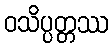
ဝသိပ္ပတ္တဿ